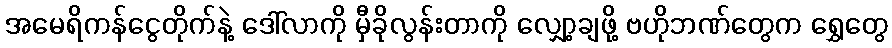
အမေရိကန်ငွေတိုက်နဲ့ ဒေါ်လာကို မှီခိုလွန်းတာကို လျှော့ချဖို့ ဗဟိုဘဏ်တွေက ရွှေတွေ